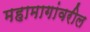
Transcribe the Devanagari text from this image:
महामागांवरील